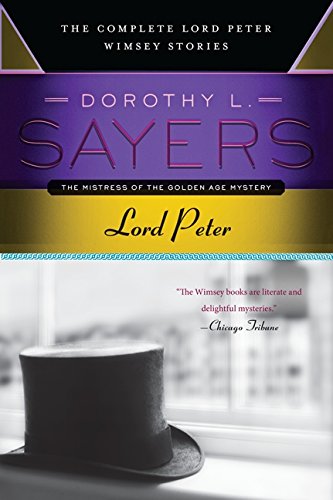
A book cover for Lord Peter: The Complete Lord Peter Wimsey Stories; Dorothy L. Sayers; Mystery, Thriller & Suspense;